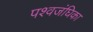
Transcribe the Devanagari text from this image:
पश्वजंघिका